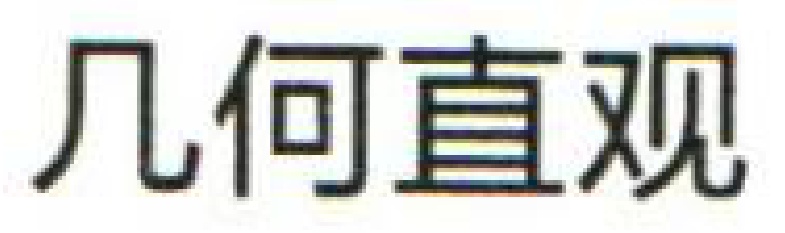
几何直观